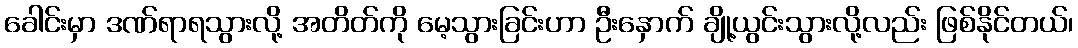
ခေါင်းမှာ ဒဏ်ရာရသွားလို့ အတိတ်ကို မေ့သွားခြင်းဟာ ဦးနှောက် ချို့ယွင်းသွားလို့လည်း ဖြစ်နိုင်တယ်၊